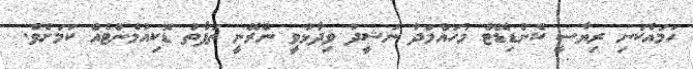
ހަމައެކަނި ރިޔާސީ ކެންޑިޑޭޓް މުހައްމަދު ނަޝީދު ވިދާޅުވީ ނެރޭނީ ތަފާތު ޑޮކިއުމެންޓެއް ކަމަށެވެ.